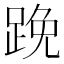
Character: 𨁙